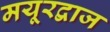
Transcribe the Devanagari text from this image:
मयूरद्वाज